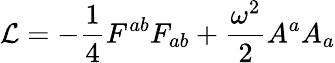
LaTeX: {\cal L}=-{\frac{1}{4}}{F^{ab}F_{ab}}+{\frac{\omega^{2}}{2}}A^{a}A_{a}